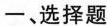
一、选择题